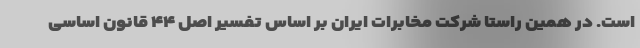
است. در همین راستا شرکت مخابرات ایران بر اساس تفسیر اصل ۴۴ قانون اساسی